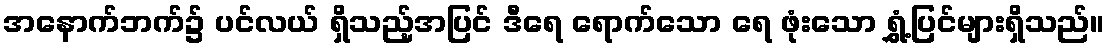
အနောက်ဘက်၌ ပင်လယ် ရှိသည့်အပြင် ဒီရေ ရောက်သော ရေ ဖုံးသော ရွှံ့ပြင်များရှိသည်။